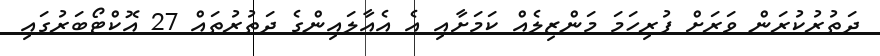
ދަތުރުކުރަން ވަރަށް ފުރިހަމަ މަންޒިލެއް ކަމަށާއި އެ އެއާލައިންގެ ދަތުރުތައް 27 އޮކްޓޯބަރުގައި